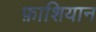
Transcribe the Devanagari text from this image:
फ़ाशियान